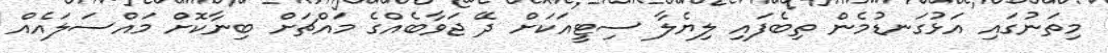
މިތަނުގައި އަޅުގަނޑުމެން ތިބެފައި ލިޔެލާ ސިޓީއަކަށް ދޭ ޖަވާބެއްގެ މައްޗަށް ބިނާކޮށް މައްސަލައެއް